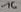
Text: 16